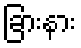
ခြားနား